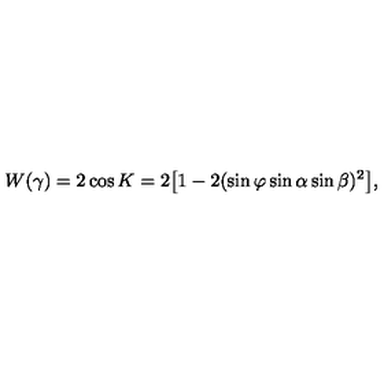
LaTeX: W ( \gamma ) = 2 \cos K = 2 \bigl [ 1 - 2 ( \sin \varphi \sin \alpha \sin \beta ) ^ { 2 } \bigl ] ,